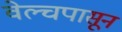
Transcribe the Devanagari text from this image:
वेल्चपासून